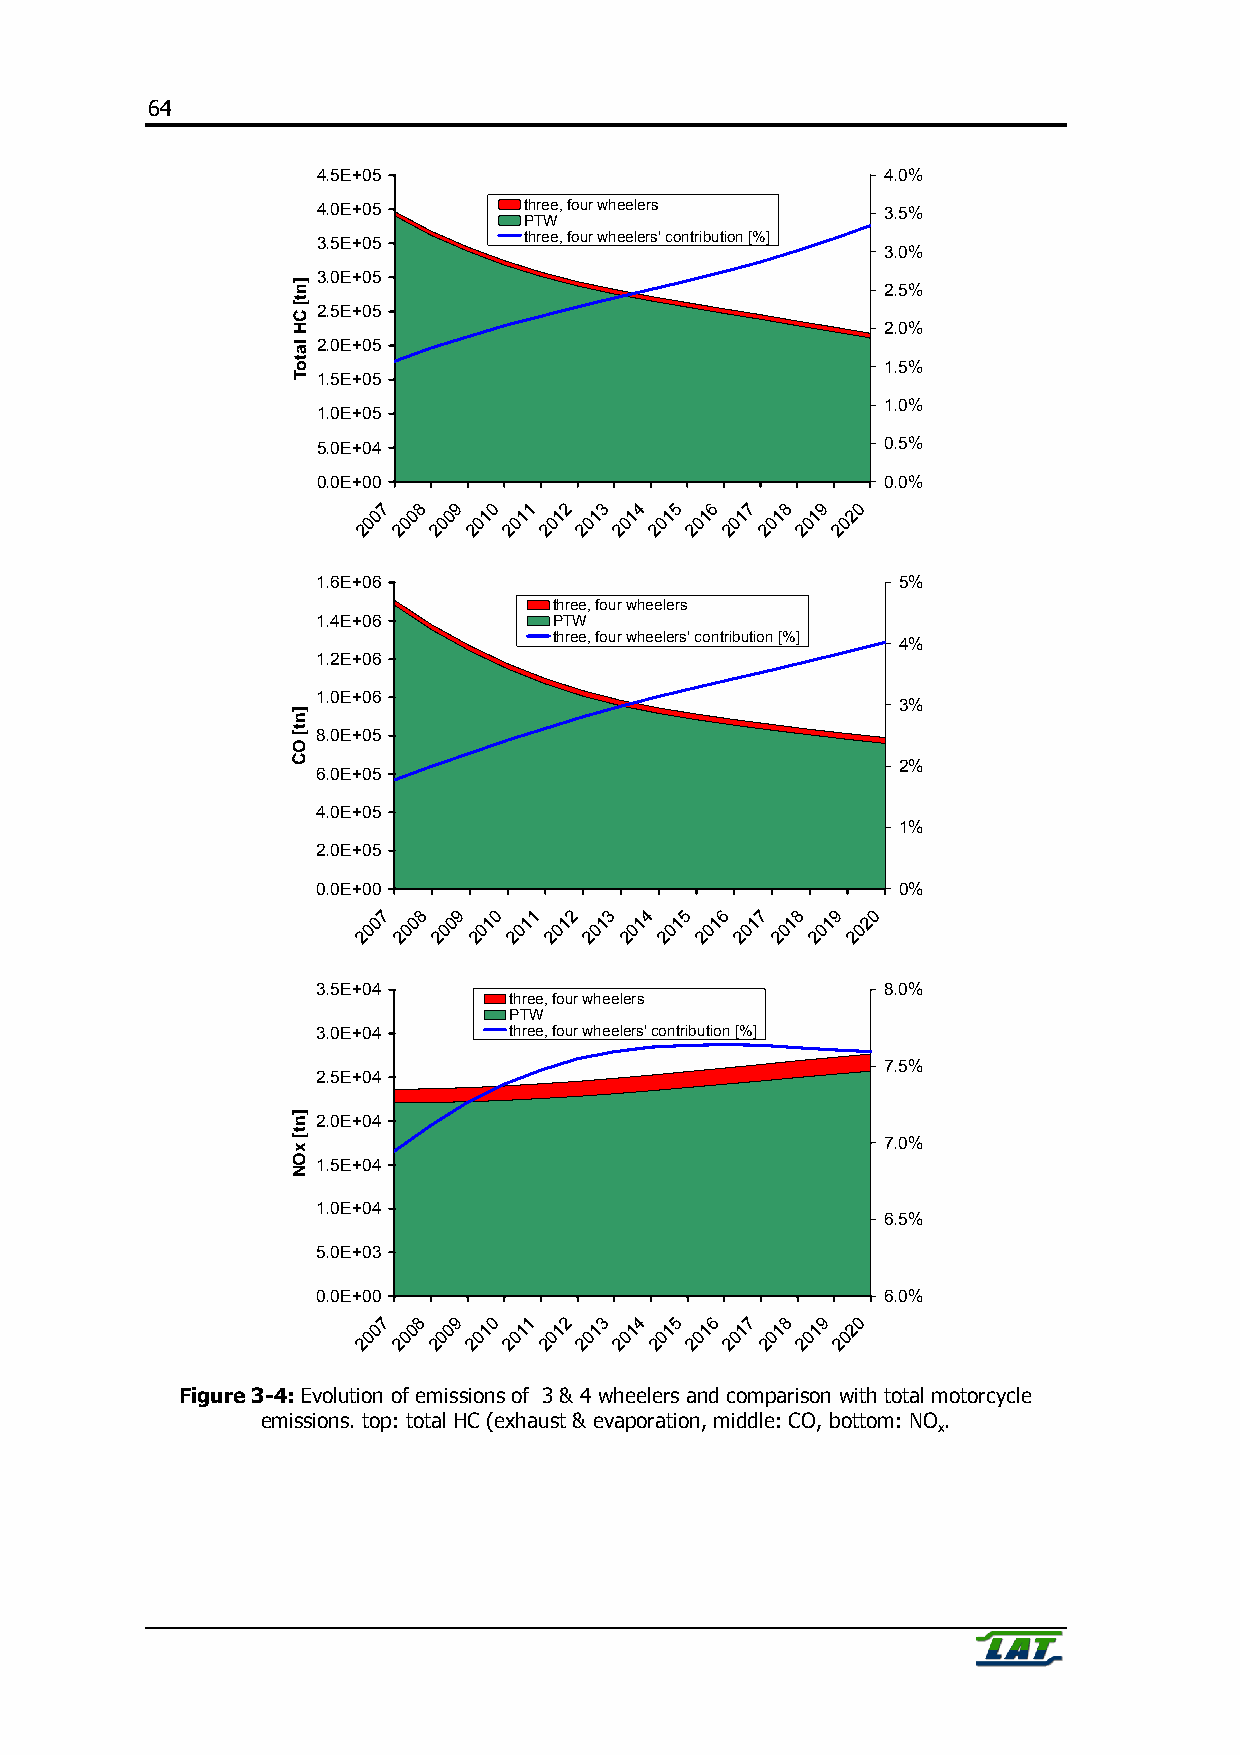
64
 4.5E+05                              4.0%
 4.0E+05       three, four wheelers   3.5%
 PTW
 3.5E+05       three, four wheelers' contribution [%]
 3.0%
 3.0E+05
 2.5%
 2.5E+05
 2.0%
 2.0E+05
 1.5%
 1.5E+05
 1.0%
 1.0E+05
 5.0E+04                              0.5%
 0.0E+00                              0.0%
 7  8 9 0  1 2  3 4  5 6 7  8 9  0
 0 0  0 1 1  1 1  1 1  1 1 1  1 2
 0  0 0  0 0 0  0 0  0 0 0  0 0  0
 2 2  2 2  2 2 2  2 2  2 2 2  2 2
 1.6E+06                               5%
 three, four wheelers
 1.4E+06         PTW
 three, four wheelers' contribution [%] 4%
 1.2E+06
 1.0E+06
 3%
 8.0E+05
 2%
 6.0E+05
 4.0E+05
 1%
 2.0E+05
 0.0E+00                               0%
 7  8 9  0 1  2 3  4 5  6 7  8 9  0
 0 0  0 1  1 1  1 1  1 1  1 1  1 2
 0  0 0  0 0  0 0  0 0  0 0  0 0  0
 2 2  2 2  2 2  2 2  2 2  2 2  2 2
 3.5E+04                               8.0%
 three, four wheelers
 PTW
 3.0E+04      three, four wheelers' contribution [%]
 7.5%
 2.5E+04
 2.0E+04
 7.0%
 1.5E+04
 1.0E+04
 6.5%
 5.0E+03
 0.0E+00                               6.0%
 7  8 9 0  1 2  3 4  5 6 7  8 9  0
 0 0  0 1 1  1 1  1 1  1 1 1  1 2
 0  0 0  0 0 0  0 0  0 0 0  0 0  0
 2 2  2 2 2  2 2  2 2  2 2 2  2 2
 Figure 3-4: Evolution of emissions of 3 & 4 wheelers and comparison with total motorcycle
 emissions. top: total HC (exhaust & evaporation, middle: CO, bottom: NO .
 x
 ]nt[
 CH
 latoT
 ]nt[
 OC
 ]nt[
 xON